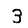
Digit: 3